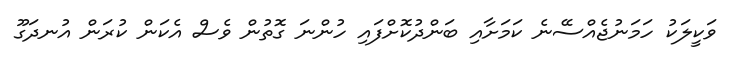
ވަކީލަކު ހަމަނުޖެއްސޭނެ ކަމަށާއި ބަންދުކޮށްފައި ހުންނަ ގޮތުން ވެސް އެކަން ކުރަން އުނދަގޫ